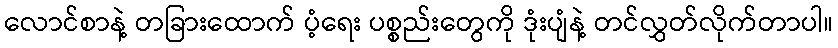
လောင်စာနဲ့ တခြားထောက် ပံ့ရေး ပစ္စည်းတွေကို ဒုံးပျံနဲ့ တင်လွှတ်လိုက်တာပါ။